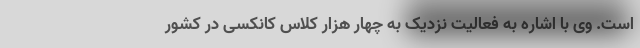
است. وی با اشاره به فعالیت نزدیک به چهار هزار کلاس کانکسی در کشور